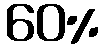
60%